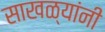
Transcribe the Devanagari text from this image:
साखळ्यांनी